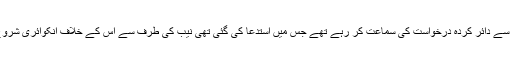
وہ کروڑوں روپے کے غبن میں ملوث اہلکار کی طرف سے دائر کردہ درخواست کی سماعت کر رہے تھے جس میں استدعا کی گئی تھی نیب کی طرف سے اس کے خلاف انکوائری شروع کرنے سے پہلے حج پر جانے کی اجازت دی جائے ۔